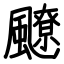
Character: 飉